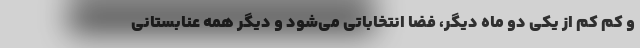
و کم کم از یکی دو ماه دیگر، فضا انتخاباتی می‌شود و دیگر همه عنابستانی